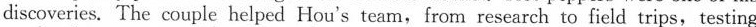
discoveries. The couple helped Hou's team,from research to field trips, testing